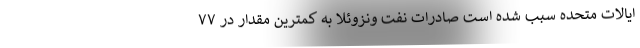
ایالات متحده سبب شده است صادرات نفت ونزوئلا به کمترین مقدار در ۷۷